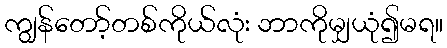
ကျွန်တော့်တစ်ကိုယ်လုံး ဘာကိုမျှယုံ၍မရ။